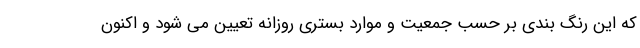
که این رنگ بندی بر حسب جمعیت و موارد بستری روزانه تعیین می شود و اکنون